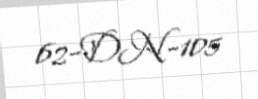
62-DN-105